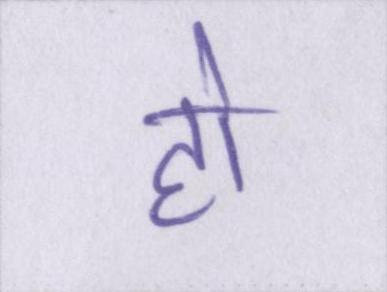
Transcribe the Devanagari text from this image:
हो